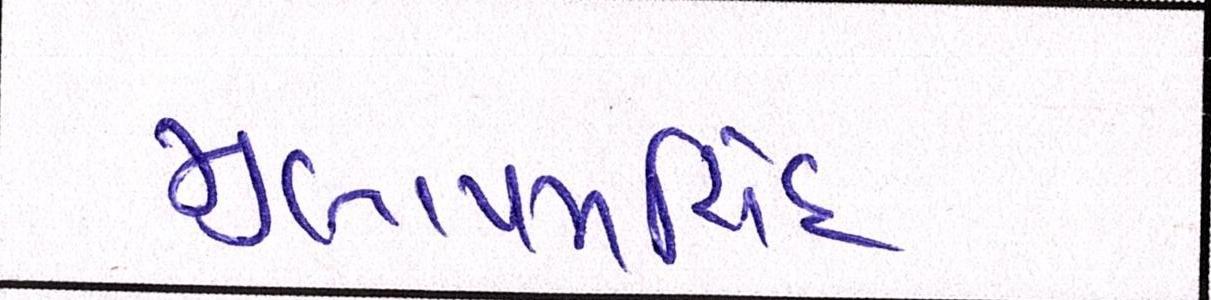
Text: મુલાયમસિંહ